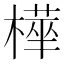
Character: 𭫿